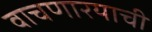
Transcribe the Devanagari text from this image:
वाचणारयाची